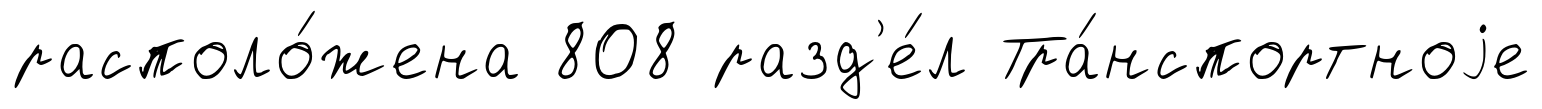
располо́жена 808 разд'е́л Тра́нспортноjе